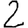
Digit: 2